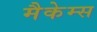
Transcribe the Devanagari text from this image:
मैकेम्स